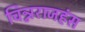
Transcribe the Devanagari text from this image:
चिन्नराजहंस